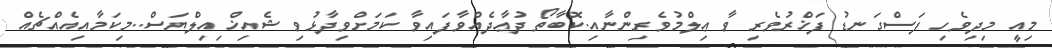
މިއީ މިދިވެހި ފަސްގަނޑު ފަޚްރުވެރި ވާ ޢިލްމުވެރިންނާއި.ކޮބާތޯ ދުޢާދެއްވާފައިވާ ކަމަށްވިދާޅުވި ޝެއިޚް ިއިލްޔަސް..މިކަމާއިއެއްޗެއް